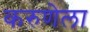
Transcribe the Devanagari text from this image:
करुणेला